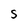
Character: S